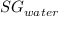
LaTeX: S G _ { w a t e r }